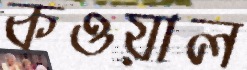
কওয়াল